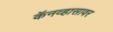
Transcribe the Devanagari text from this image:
कॅनव्हासावर